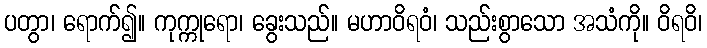
ပတွာ၊ ရောက်၍။ ကုက္ကုရော၊ ခွေးသည်။ မဟာဝိရဝံ၊ သည်းစွာသော အသံကို။ ဝိရဝိ၊